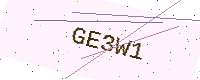
Text: GE3W1